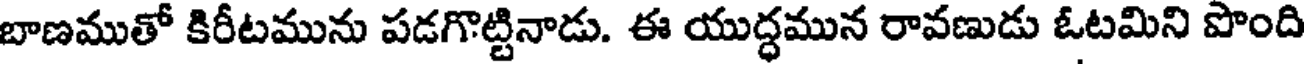
బాణముతో కిరీటమును పడగొట్టినాడు. ఈ యుద్ధమున రావణుడు ఓటమిని పొంది